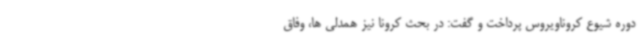
دوره شیوع کروناویروس پرداخت و گفت: در بحث کرونا نیز همدلی ها، وفاق